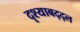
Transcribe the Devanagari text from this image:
दृश्याबद्द्ल